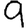
Digit: 9